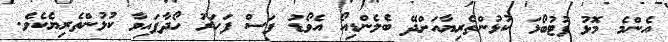
އެންމެ މޮޅު ފުޓުބޯޅަ ކުޅުންތެރިޔާއަށްދޭ ބެލެންޑިއޯ އެވޯޑު ފަސް ފަހަރު ހޯދާފައިވާ ކުޅުންތެރިޔެކެވެ.